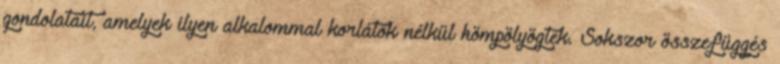
gondolatait, amelyek ilyen alkalommal korlátok nélkül hömpölyögtek. Sokszor összefüggés